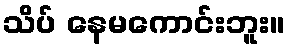
သိပ် နေမကောင်းဘူး။